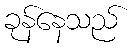
ခုန်နေသည်